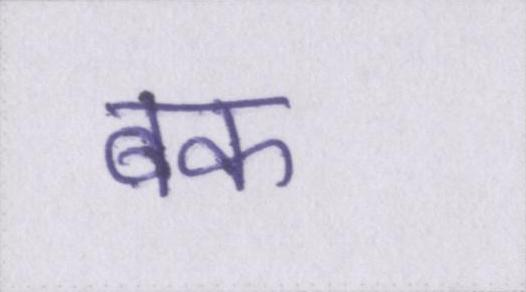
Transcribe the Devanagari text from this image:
बक